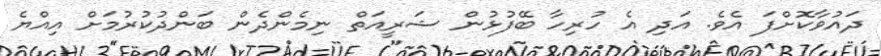
ދައުވާކޮށްފަ އެވެ. އަދި އެ ހުރިހާ ބޭފުޅުން ޝަރީއަތް ނިމެންދެން ބަންދުކުރުމަށް އިއްޔެ